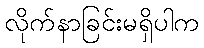
လိုက်နာခြင်းမရှိပါက